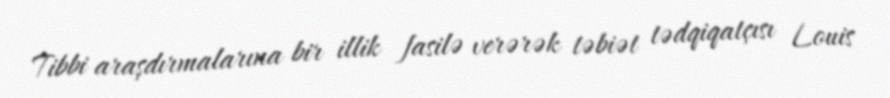
Tibbi araşdırmalarına bir illik fasilə verərək təbiət tədqiqatçısı Louis